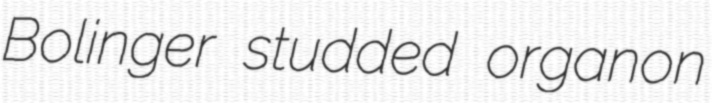
Bolinger studded organon